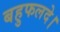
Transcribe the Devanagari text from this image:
बहुफलदे।